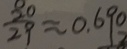
\frac { 2 0 } { 2 9 } \approx 0 . 6 9 0